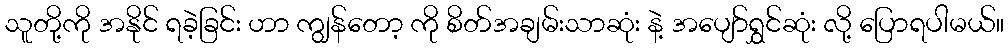
သူတို့ကို အနိုင် ရခဲ့ခြင်း ဟာ ကျွန်တော့ ကို စိတ်အချမ်းသာဆုံး နဲ့ အပျော်ရွှင်ဆုံး လို့ ပြောရပါမယ်။